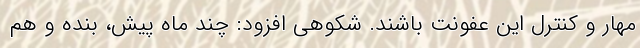
مهار و کنترل این عفونت باشند. شکوهی افزود: چند ماه پیش، بنده و هم